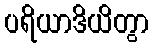
ပရိယာဒိယိတွာ